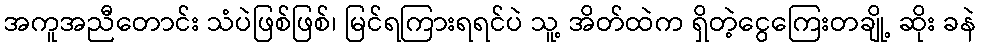
အကူအညီတောင်း သံပဲဖြစ်ဖြစ်၊ မြင်ရကြားရရင်ပဲ သူ့ အိတ်ထဲက ရှိတဲ့ငွေကြေးတချို့ ဆိုး ခနဲ